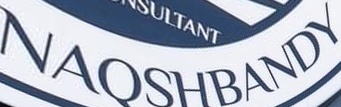
NAQSHBANDY